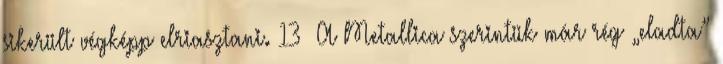
sikerült végképp elriasztani. 13 A Metallica szerintük már rég „eladta”